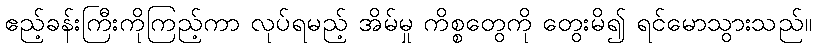
ဧည့်ခန်းကြီးကိုကြည့်ကာ လုပ်ရမည့် အိမ်မှု ကိစ္စတွေကို တွေးမိ၍ ရင်မောသွားသည်။